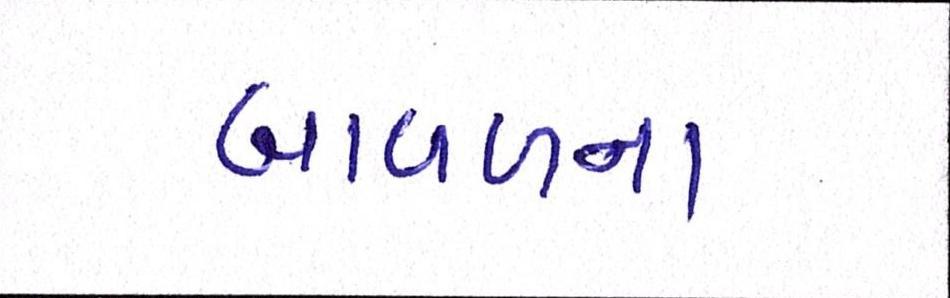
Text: બાવળના